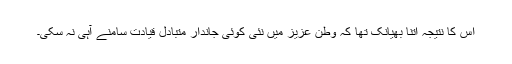
اس کا نتیجہ اتنا بھیانک تھا کہ وطن عزیز میں نئی کوئی جاندار متبادل قیادت سامنے آہی نہ سکی۔